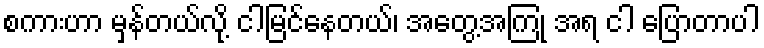
စကားဟာ မှန်တယ်လို့ ငါမြင်နေတယ်၊ အတွေ့အကြုံ အရ ငါ ပြောတာပါ